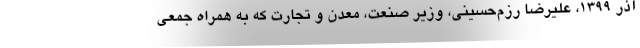
آذر ۱۳۹۹، علیرضا رزم‌حسینی، وزیر صنعت، معدن و تجارت که به همراه جمعی